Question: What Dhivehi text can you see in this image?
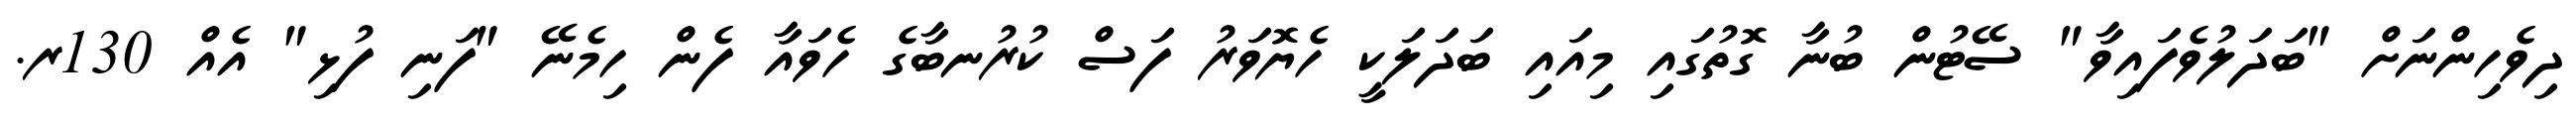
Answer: ދިވެހިންނަށް "ބަދަލުވެފައިވާ" ސޭޓުން ބުނާ ގޮތުގައި މިއައި ބަދަލަކީ ހެޔޮވަރު ފަސް ކުރުނބާގެ ހެވައާ ފެން ހިމެނޭ "ފަނި ފުޅި" އެއް 130ރ.